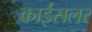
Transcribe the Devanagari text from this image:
काईसलर